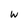
Character: w